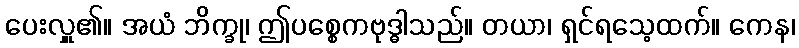
ပေးလှူ၏။ အယံ ဘိက္ခု၊ ဤပစ္စေကဗုဒ္ဓါသည်။ တယာ၊ ရှင်ရသေ့ထက်။ ကေန၊